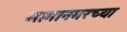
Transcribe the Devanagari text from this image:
भागानगरच्या